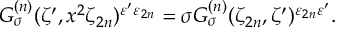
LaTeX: G _ { \sigma } ^ { ( n ) } ( \zeta ^ { \prime } , x ^ { 2 } \zeta _ { 2 n } ) ^ { \varepsilon ^ { \prime } \varepsilon _ { 2 n } } = \sigma G _ { \sigma } ^ { ( n ) } ( \zeta _ { 2 n } , \zeta ^ { \prime } ) ^ { \varepsilon _ { 2 n } \varepsilon ^ { \prime } } .